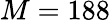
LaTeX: M=188